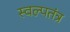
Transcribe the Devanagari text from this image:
स्वल्पतंत्र